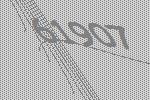
61907